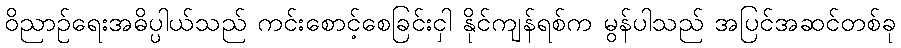
ဝိညာဉ်ရေးအဓိပ္ပါယ်သည် ကင်းစောင့်စေခြင်းငှါ နိုင်ကျန်ရစ်က မွန်ပါသည် အပြင်အဆင်တစ်ခု